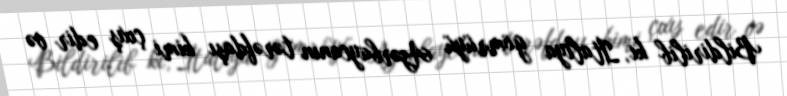
Bildirilib ki, İtaliya gömrüyü Azərbaycanın tərəfdaşı kimi çıxış edir və